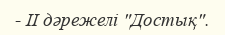
- II дәрежелі "Достық".